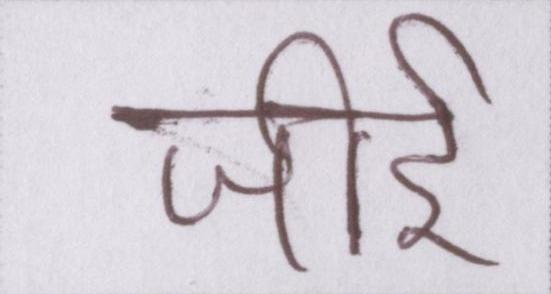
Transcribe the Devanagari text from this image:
जीर्इ